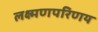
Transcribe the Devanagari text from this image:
लक्ष्मणपरिणय